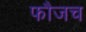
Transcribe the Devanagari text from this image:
फौजच